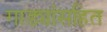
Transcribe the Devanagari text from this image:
गाड्यांसहित